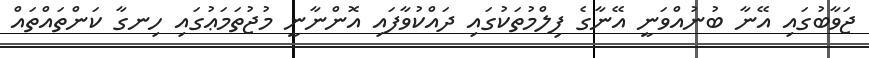
ޖަވާބުގައި އޭނާ ބުނުއްވަނީ އޭނާގެ ފިލްމުތަކުގައި ދައްކުވާފައި އޮންނާނީ މުޖުތަމަޢުގައި ހިނގާ ކަންތައްތައް